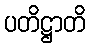
ပတိဋ္ဌာတိ